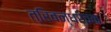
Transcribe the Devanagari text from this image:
त्रिबन्धरेचक